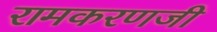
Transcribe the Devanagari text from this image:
रामकरणजी